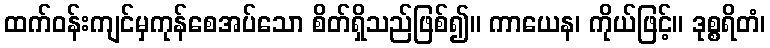
ထက်ဝန်းကျင်မှကုန်စေအပ်သော စိတ်ရှိသည်ဖြစ်၍။ ကာယေန၊ ကိုယ်ဖြင့်။ ဒုစ္စရိတံ၊